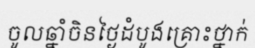
ចូលឆ្នាំចិនថ្ងៃដំបូងគ្រោះថ្នាក់